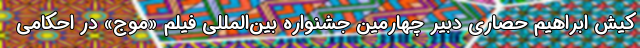
کیش ابراهیم حصاری دبیر چهارمین جشنواره بین‌المللی فیلم «موج» در احکامی